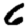
Digit: 6